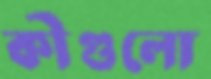
কীগুলো